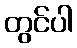
တွင်ပါ